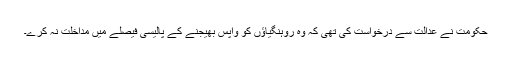
حکومت نے عدالت سے درخواست کی تھی کہ وہ روہنگیاؤں کو واپس بھیجنے کے پالیسی فیصلے میں مداخلت نہ کرے۔